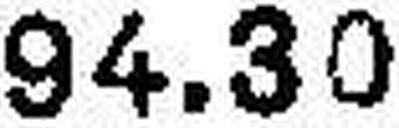
94.30